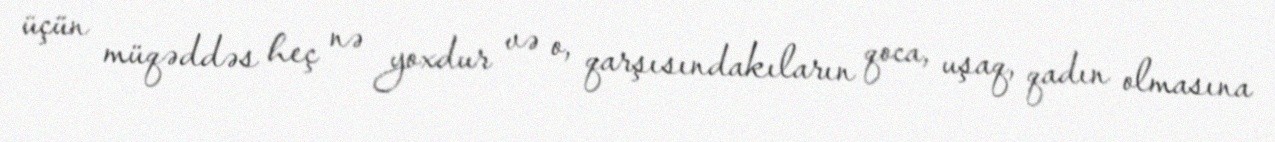
üçün müqəddəs heç nə yoxdur və o, qarşısındakıların qoca, uşaq, qadın olmasına